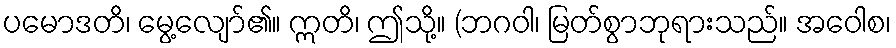
ပမောဒတိ၊ မွေ့လျော်၏။ ဣတိ၊ ဤသို့။ (ဘဂဝါ၊ မြတ်စွာဘုရားသည်။ အဝေါစ၊